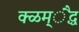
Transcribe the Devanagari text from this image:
क्ळम्ैद्ध